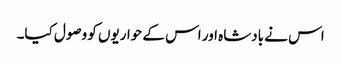
اس نے بادشاہ اور اس کے حواریوں کو وصول کیا۔